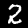
Digit: 2